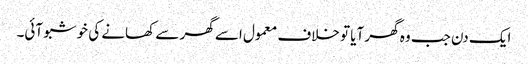
ایک دن جب وہ گھر آیا تو خلاف معمول اسے گھر سے کھانے کی خوشبو آئی۔